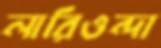
লারিওন্দা